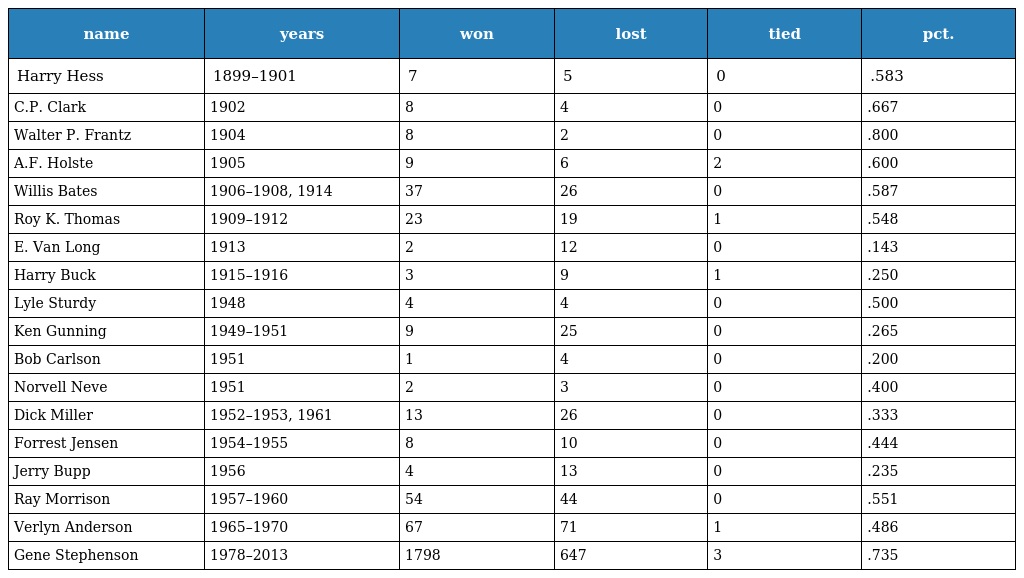
| name | years | won | lost | tied | pct. |
 | --- | --- | --- | --- | --- | --- |
 | Harry Hess | 1899–1901 | 7 | 5 | 0 | .583 |
 | C.P. Clark | 1902 | 8 | 4 | 0 | .667 |
 | Walter P. Frantz | 1904 | 8 | 2 | 0 | .800 |
 | A.F. Holste | 1905 | 9 | 6 | 2 | .600 |
 | Willis Bates | 1906–1908, 1914 | 37 | 26 | 0 | .587 |
 | Roy K. Thomas | 1909–1912 | 23 | 19 | 1 | .548 |
 | E. Van Long | 1913 | 2 | 12 | 0 | .143 |
 | Harry Buck | 1915–1916 | 3 | 9 | 1 | .250 |
 | Lyle Sturdy | 1948 | 4 | 4 | 0 | .500 |
 | Ken Gunning | 1949–1951 | 9 | 25 | 0 | .265 |
 | Bob Carlson | 1951 | 1 | 4 | 0 | .200 |
 | Norvell Neve | 1951 | 2 | 3 | 0 | .400 |
 | Dick Miller | 1952–1953, 1961 | 13 | 26 | 0 | .333 |
 | Forrest Jensen | 1954–1955 | 8 | 10 | 0 | .444 |
 | Jerry Bupp | 1956 | 4 | 13 | 0 | .235 |
 | Ray Morrison | 1957–1960 | 54 | 44 | 0 | .551 |
 | Verlyn Anderson | 1965–1970 | 67 | 71 | 1 | .486 |
 | Gene Stephenson | 1978–2013 | 1798 | 647 | 3 | .735 |